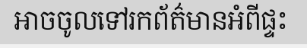
អាចចូលទៅរកព័ត៌មានអំពីផ្ទះ